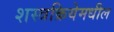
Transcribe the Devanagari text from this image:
शस्त्रक्रियेमधील